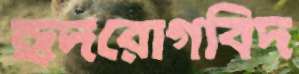
হৃদরোগবিদ